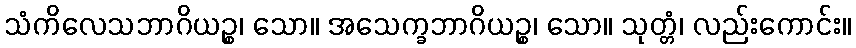
သံကိလေသဘာဂိယဉ္စ၊ သော။ အသေက္ခဘာဂိယဉ္စ၊ သော။ သုတ္တံ၊ လည်းကောင်း။